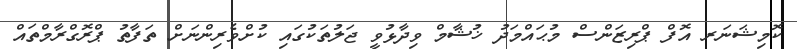
ކޮމިޝަނަރ އޮފް ޕްރިޒަންސް މުޙައްމަދު ޚުޝާމް ވިދާޅުވީ ޖަލުތަކުގައި ކުށްވެރިންނަށް ތަފާތު ޕްރޮގްރާމްތައް